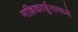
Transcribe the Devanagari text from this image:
मल्लिकार्जुनामध्ये